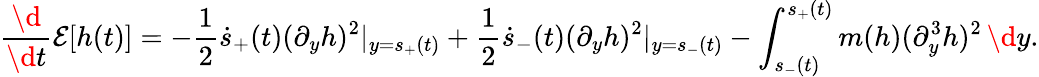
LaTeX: \frac{\d}{\d t}\mathcal E[h(t)]=-\frac 12\dot{s}_{+}(t)(\partial_{y}h)^{2}|_{y=s_{+}(t)}+\frac 12\dot{s}_{-}(t)(\partial_{y}h)^{2}|_{y=s_{-}(t)}-\int_{s_{-}(t)}^{s_{+}(t)}m(h)(\partial_{y}^{3}h)^{2}\, \d y.